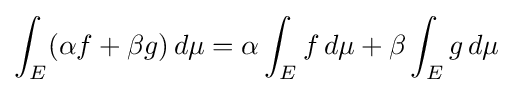
\int _{E}(\alpha f+\beta g)\,d\mu =\alpha \int _{E}f\,d\mu +\beta \int _{E}g\,d\mu